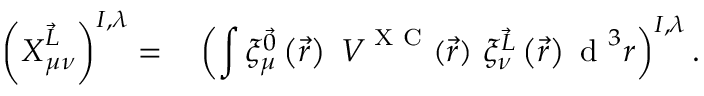
\left( \boldsymbol { X } _ { \mu \nu } ^ { \vec { L } } \right) ^ { I , \lambda } = \phantom { + } \left( \int \xi _ { \mu } ^ { \vec { 0 } } \left( \vec { r } \right) ~ \boldsymbol { V } ^ { \textrm { X C } } ( \vec { r } ) ~ \xi _ { \nu } ^ { \vec { L } } \left( \vec { r } \right) \textrm { d } ^ { 3 } r \right) ^ { I , \lambda } .